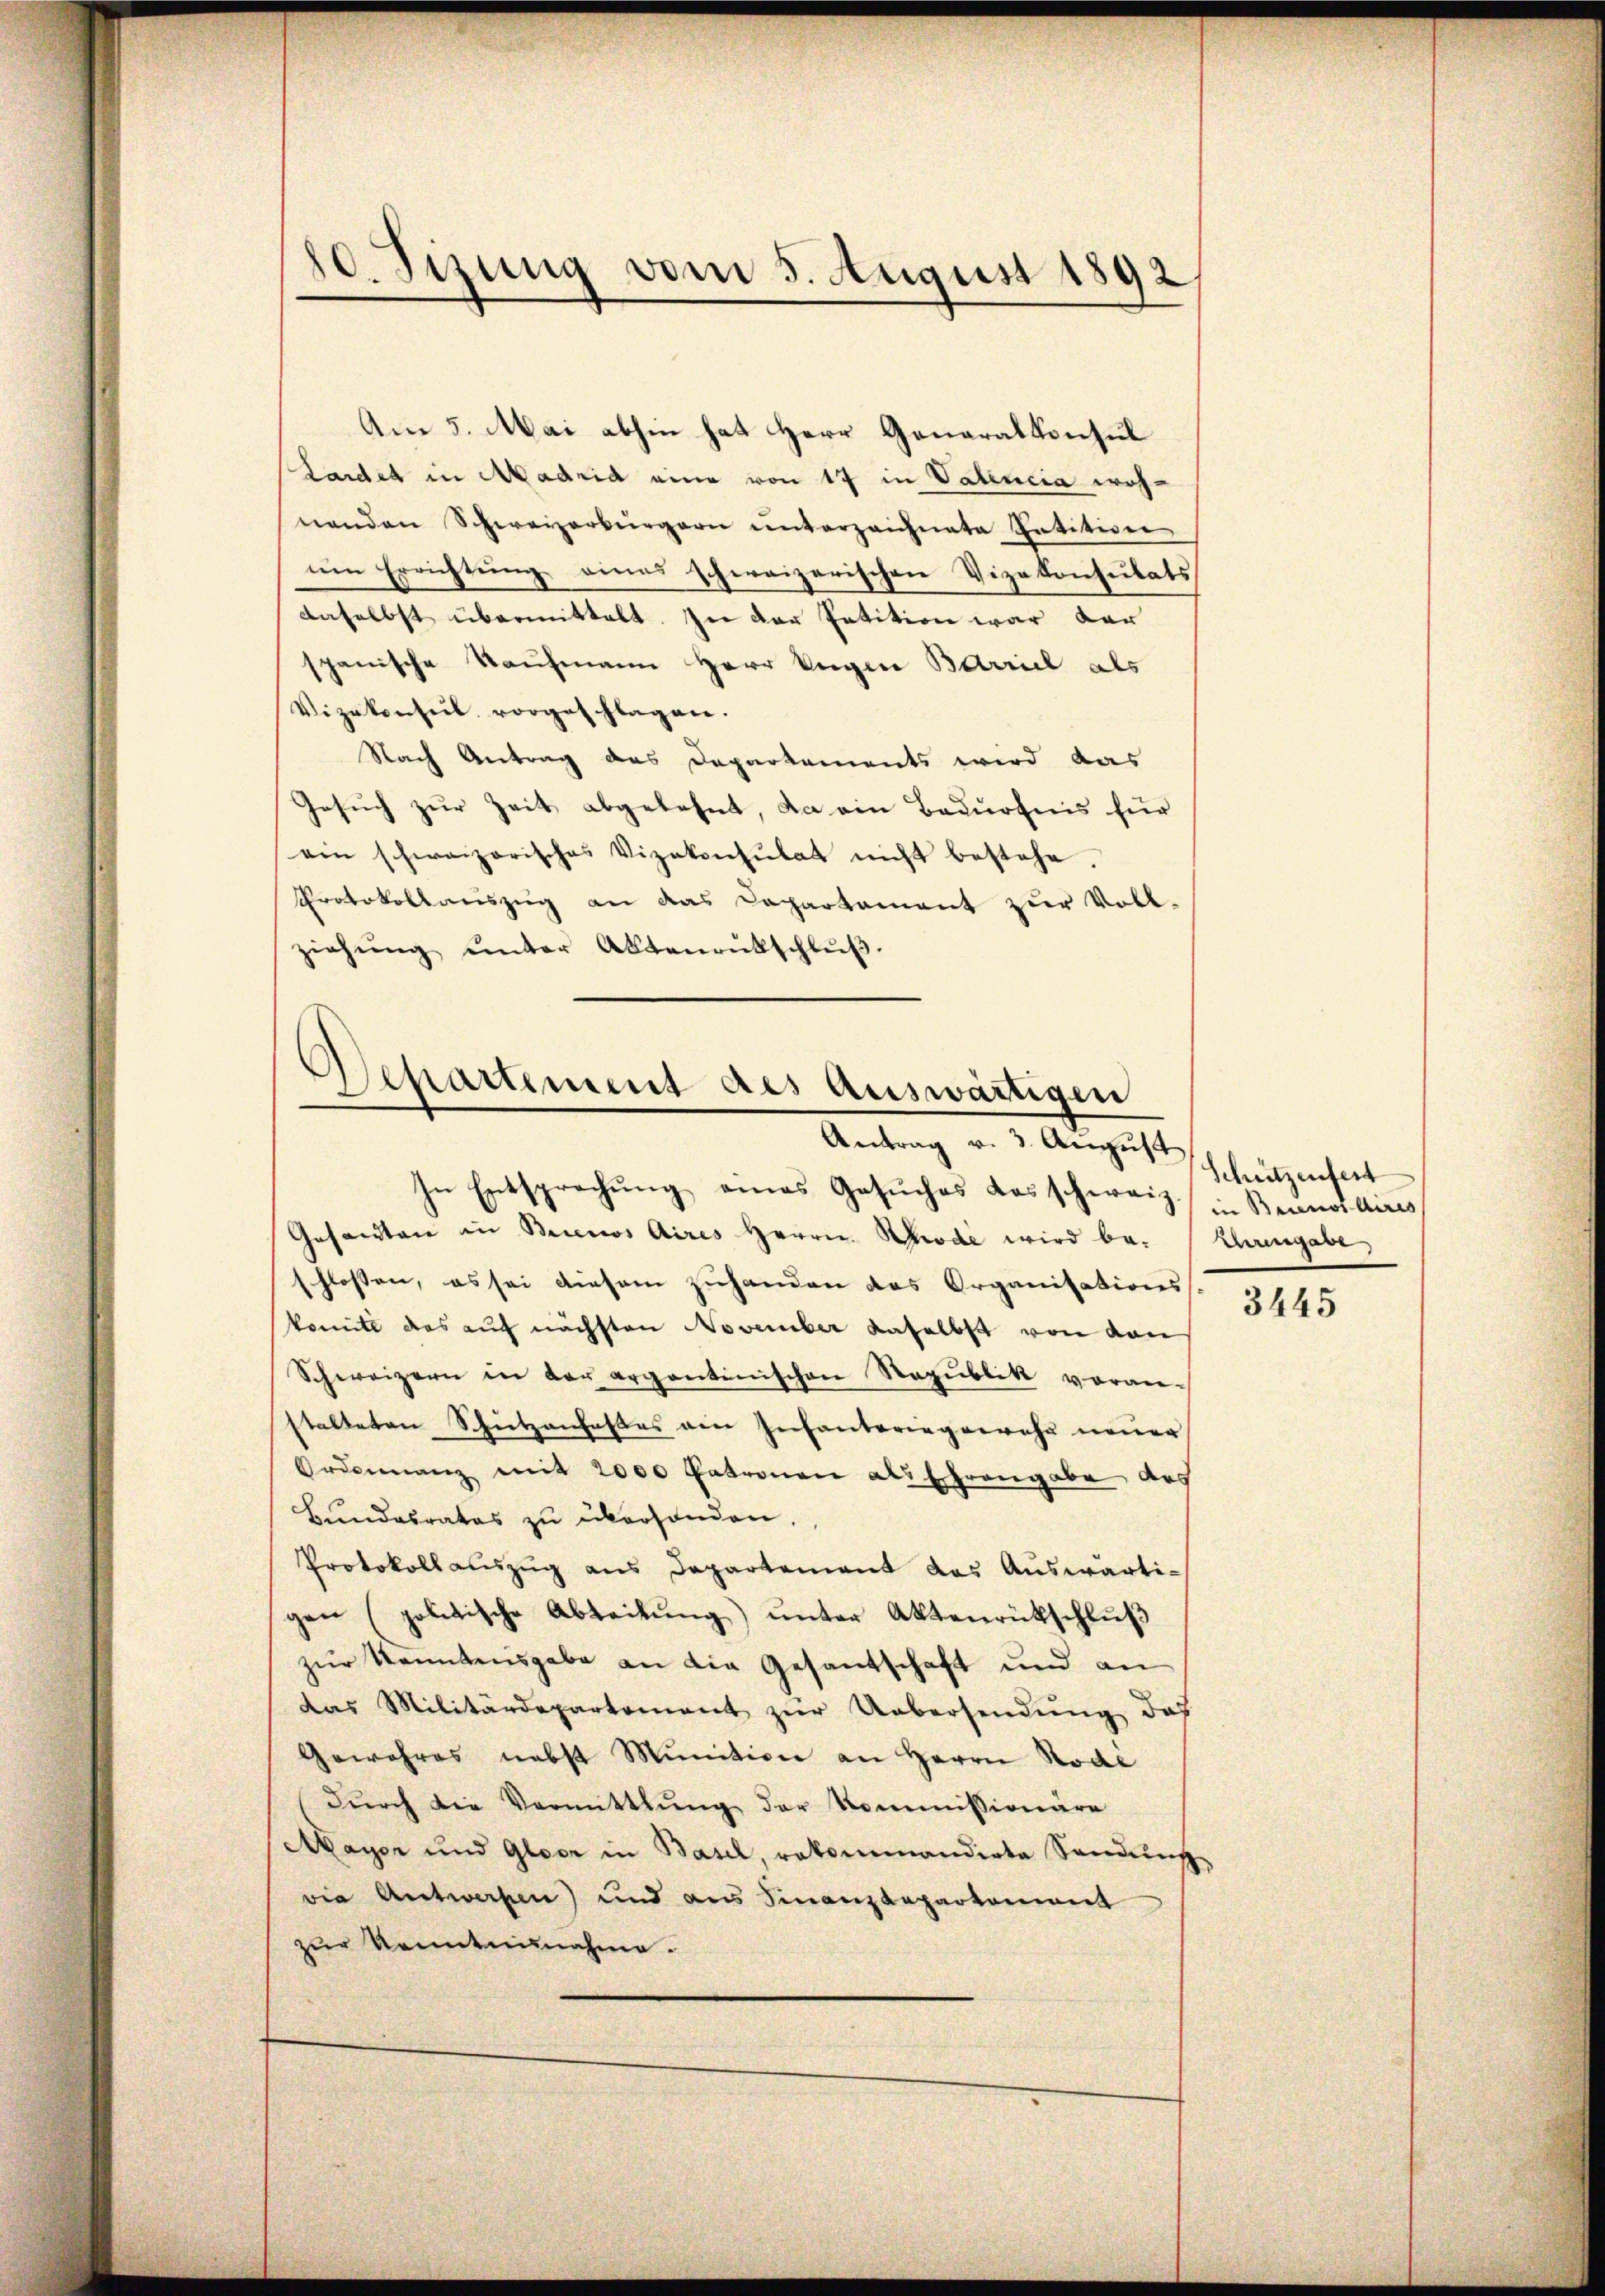
10. Sizung vom 5. August 1892

Am 5. Mai abhin hat Herr Generalkonsul
Laidet in Madrid eine von 17 in Valencia woh-
nenden Schweizerbürgern unterzeichnete Intitione
uin Errichtung eines schweizerischen Vizekonsulats
daselbst übermittelt. In der Petition war der
spanische Kaufmann Herr Ungen Barriel als
Vizekonsul vorgeschlagen.
Nach Antrag des Departements wird das
Gesŭch zŭr Zeit abgelehnt, da ein Bedürfnis für
ein schweizerisches Vizekonsulat nicht bestehe.
Protokollaŭszŭg an das Capartament zŭr Voll-
ziehŭng ŭnter Aktenrütschlŭβ

Separtement des auswärtigen
Antrag v. 3. August

In Entsprechŭng eines Gesŭches das schweiz. Bruno auss
Gesandten in Buenos Aires Herrn Rhode wird be-  Ehrengabe,
schlossen, es sei diesem Zuhanden das Organisations-
komite das auf nächsten November daselbst von den
Schweizern in der argantinischen Republik voranstalteten Schutzanfasses ain Infanteringerwehr neuer
Ordonnanz mit 2000 betronen als Ehrengabe des
Bundesrates zu überhanden,
Protokollauszug aus Departement das Auswärtigen (politische Abteilung) unter Aktenrückschluß
zur kanntensgabe an die Gesandschaft und an
das Militärdepartement zŭr Uebersendŭng das
Gewahres nebst Munition an Herrn Kodi
dŭrch die Vermittlung der Kommissionäre
Mayer und Glase in Basel, rekommandirte Sendung
die Antworten) und aus Finanzdepartement
zur Kenntnunahme.

Schützenfert

3445